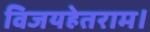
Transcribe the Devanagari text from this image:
विजयहेतराम।